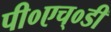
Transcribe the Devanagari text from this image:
पी०एच्०डी